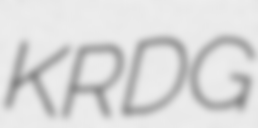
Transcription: KRDG